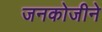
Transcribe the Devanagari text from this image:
जनकोजीने